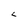
Character: L